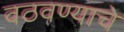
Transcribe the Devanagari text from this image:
वठवण्याचे